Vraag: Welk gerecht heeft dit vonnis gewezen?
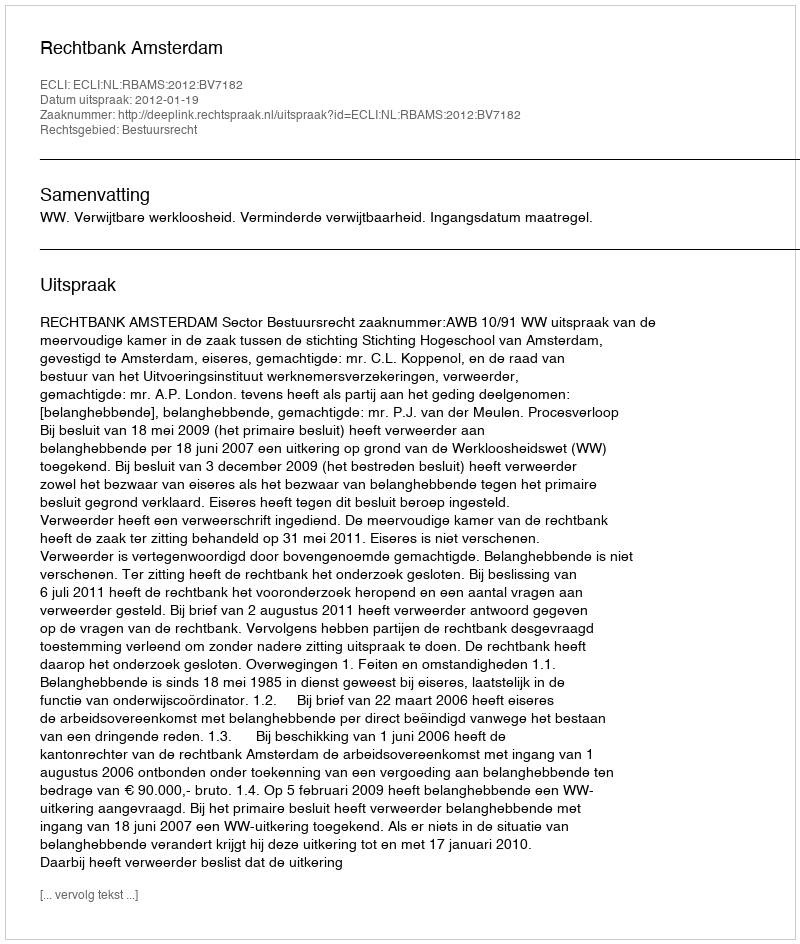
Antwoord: Rechtbank Amsterdam